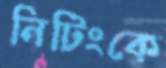
নিটিংকে